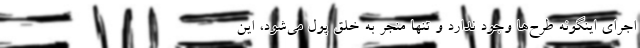
اجرای اینگونه طرح‌ها وجود ندارد و تنها منجر به خلق پول می‌شود، این